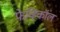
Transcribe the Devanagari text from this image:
फेव्हिकॉल